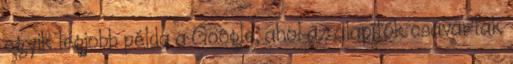
egyik legjobb példa a Google, ahol az alapítók csavartak